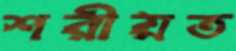
শরীয়ত